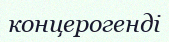
концерогенді